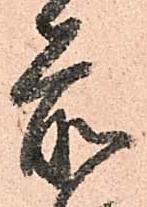
前